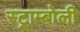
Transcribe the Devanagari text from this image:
स्ट्राम्बोली